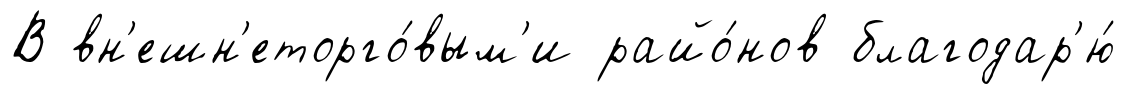
В вн'ешн'еторго́вым'и райо́нов благодар'ю́